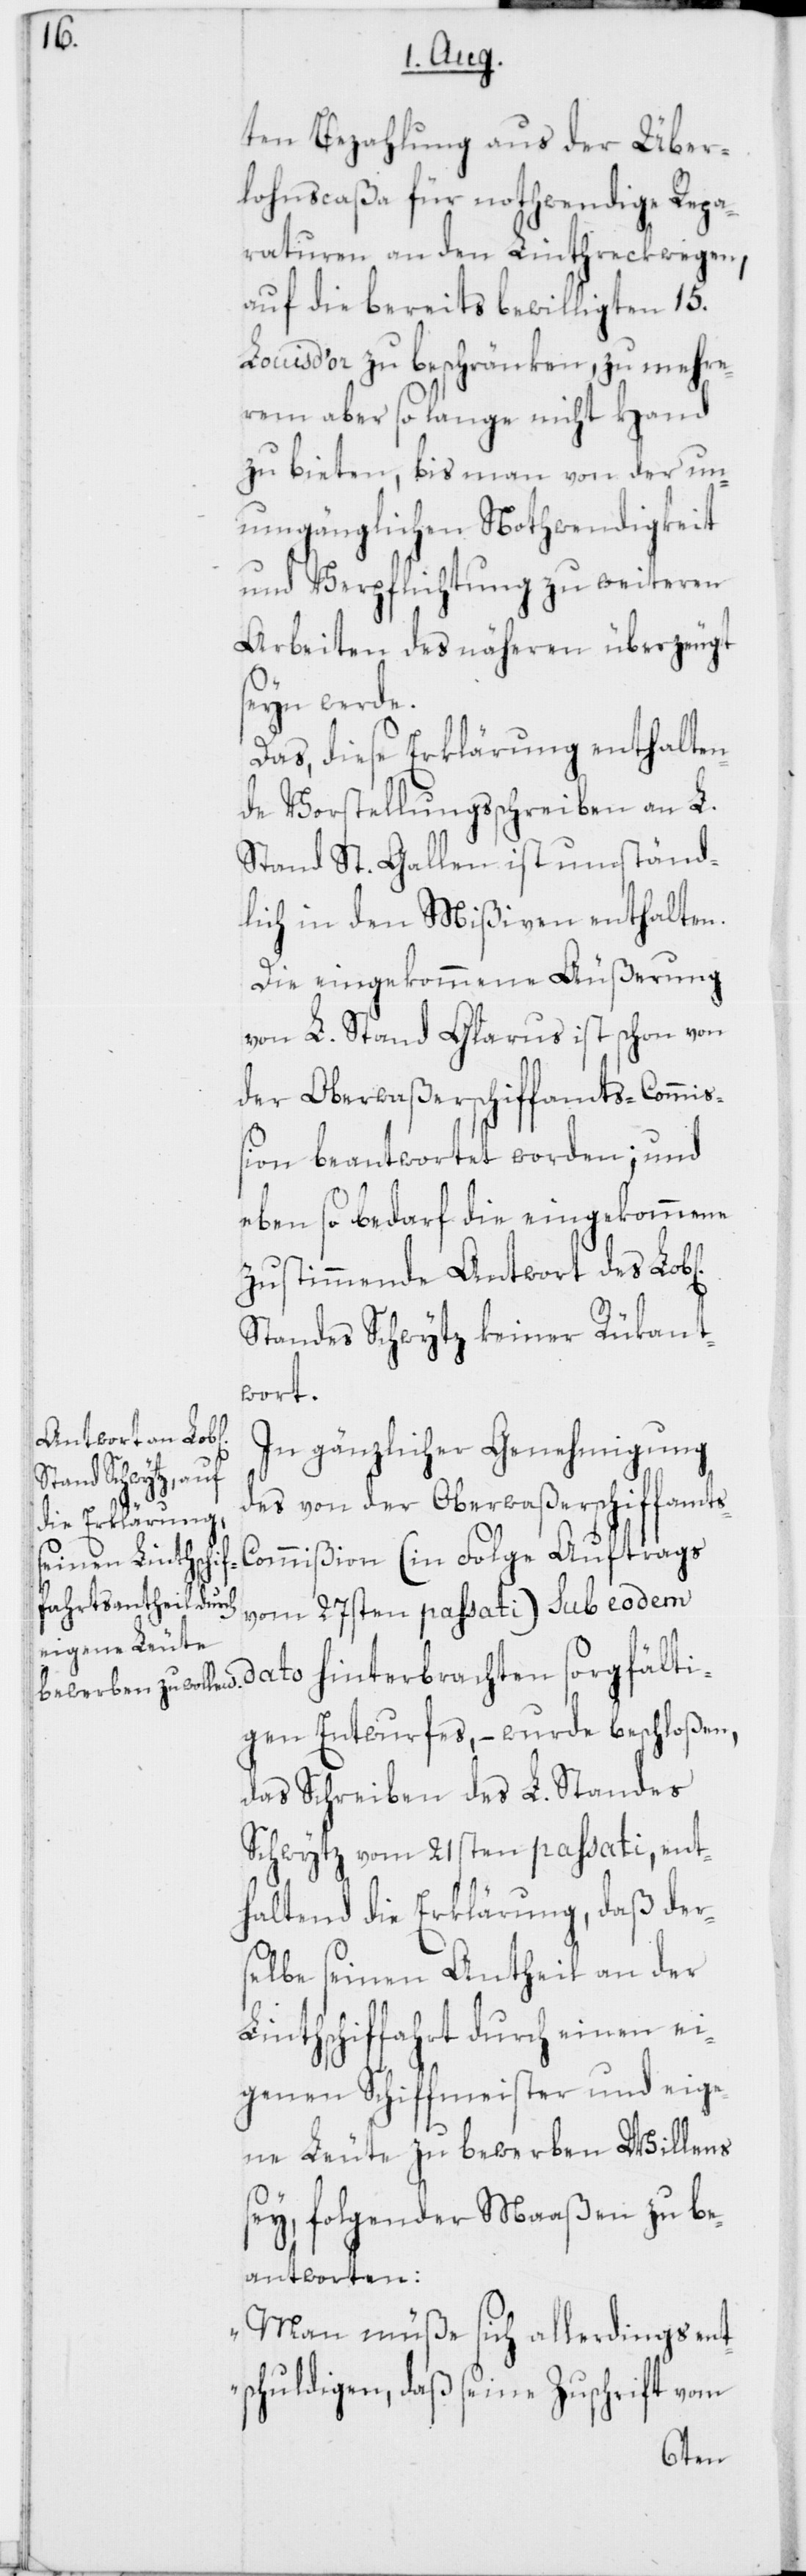
ten Bezahlung aus der Über¬
lohnscaßa für nothwendige Repa¬
raturen an den Linthreckwegen,
auf die bereits bewilligten 15.
Louis d’or zu beschränken, zu mehre¬
rem aber so lange nicht Hand
zu bieten, bis man von der un¬
umgänglichen Nothwendigkeit
und Verpflichtung zu weiteren
Arbeiten des näheren überzeugt
seyn werde.
Das, diese Erklärung enthalten¬
de Vorstellungsschreiben an L.
Stand St. Gallen ist umständ¬
lich in den Mißiven enthalten.
Die eingekommene Äußerung
von L. Stand Glarus ist schon von
der Oberwaßerschiffamts-Commiß¬
ion beantwortet worden; und
eben so bedarf die eingekommene
zustimmende Antwort des Lob[l¬
Standes Schwytz keiner Rükant¬
wort.
In gänzlicher Genehmigung
des von der Oberwaßerschiffamt¬
s-Commißion (in Folge Auftrags
vom 27sten passati) sub eod¬
em dato hinterbrachten sorgfälti¬
gen Entwurfes, – wurde beschloßen,
das Schreiben des L. Standes
Schwytz vom 21sten passati, ent¬
haltend die Erklärung, daß der¬
selbe seinen Antheil an der
Linthschiffahrt durch einen ei¬
genen Schiffmeister und eige¬
ne Leute zu bewerben Willens
sey, folgender Maaßen zu be¬
antworten:
„Man müße sich allerdings ent¬
schuldigen, daß seine Zuschrift vom
ichen]